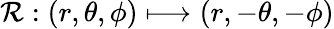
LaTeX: \mathcal{R}:(r,\theta,\phi)\longmapsto(r,-\theta,-\phi)